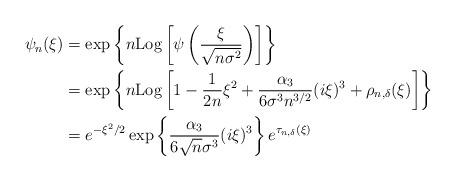
LaTeX: \begin{align*}\psi_n(\xi)&= \exp\left\{n\mathrm{Log}\left[\psi\left(\frac{\xi}{\sqrt{n\sigma^2}}\right)\right]\right\}\\& = \exp\left\{n\mathrm{Log}\left[1 -\frac{1}{2n}\xi^2 + \frac{\alpha_3}{6\sigma^3n^{3/2}}(i\xi)^3 + \rho_{n,\delta}(\xi)\right]\right\} \\&=e^{-\xi^2/2} \exp\left\{\frac{\alpha_3}{6\sqrt{n}\sigma^3}(i\xi)^3\right\} e^{\tau_{n,\delta}(\xi)} \end{align*}